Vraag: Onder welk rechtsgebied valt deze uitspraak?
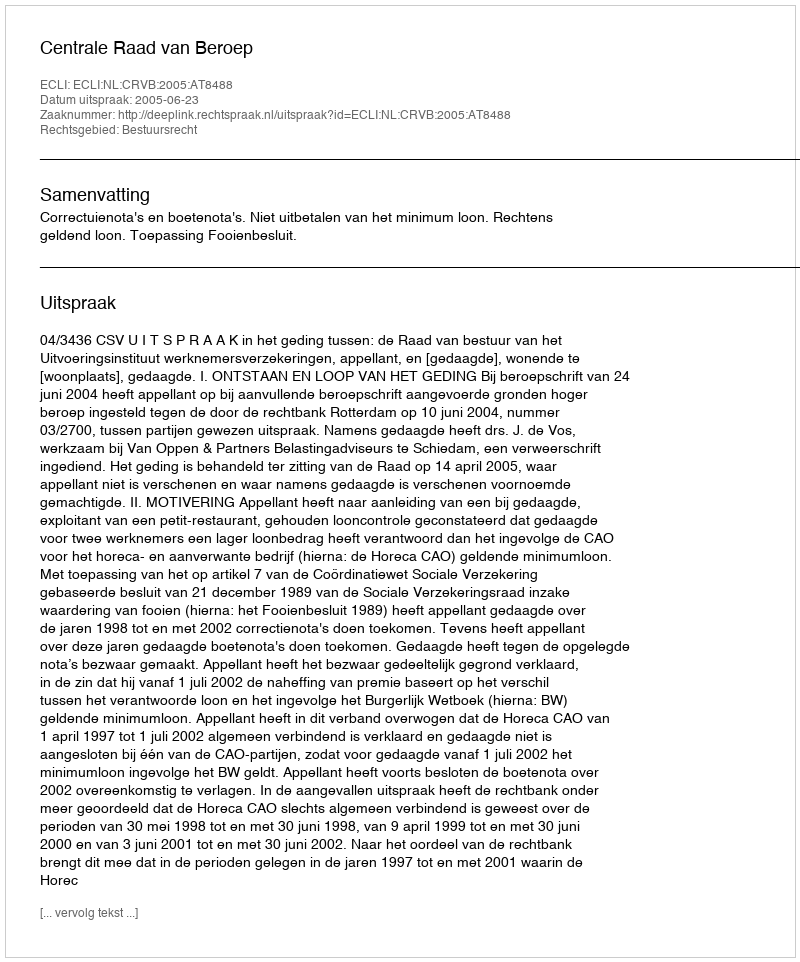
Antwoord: Bestuursrecht